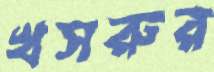
খসরুর